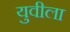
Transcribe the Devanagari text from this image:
युवीला